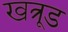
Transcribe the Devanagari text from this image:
खत्रूड